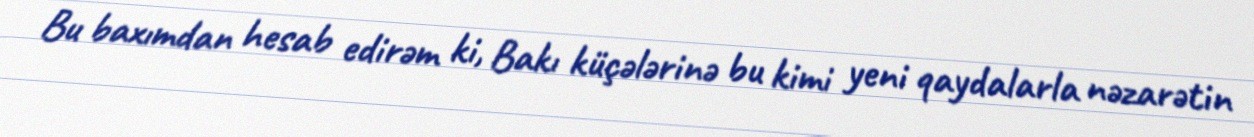
Bu baxımdan hesab edirəm ki, Bakı küçələrinə bu kimi yeni qaydalarla nəzarətin